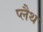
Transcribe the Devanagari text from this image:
प्लैथ